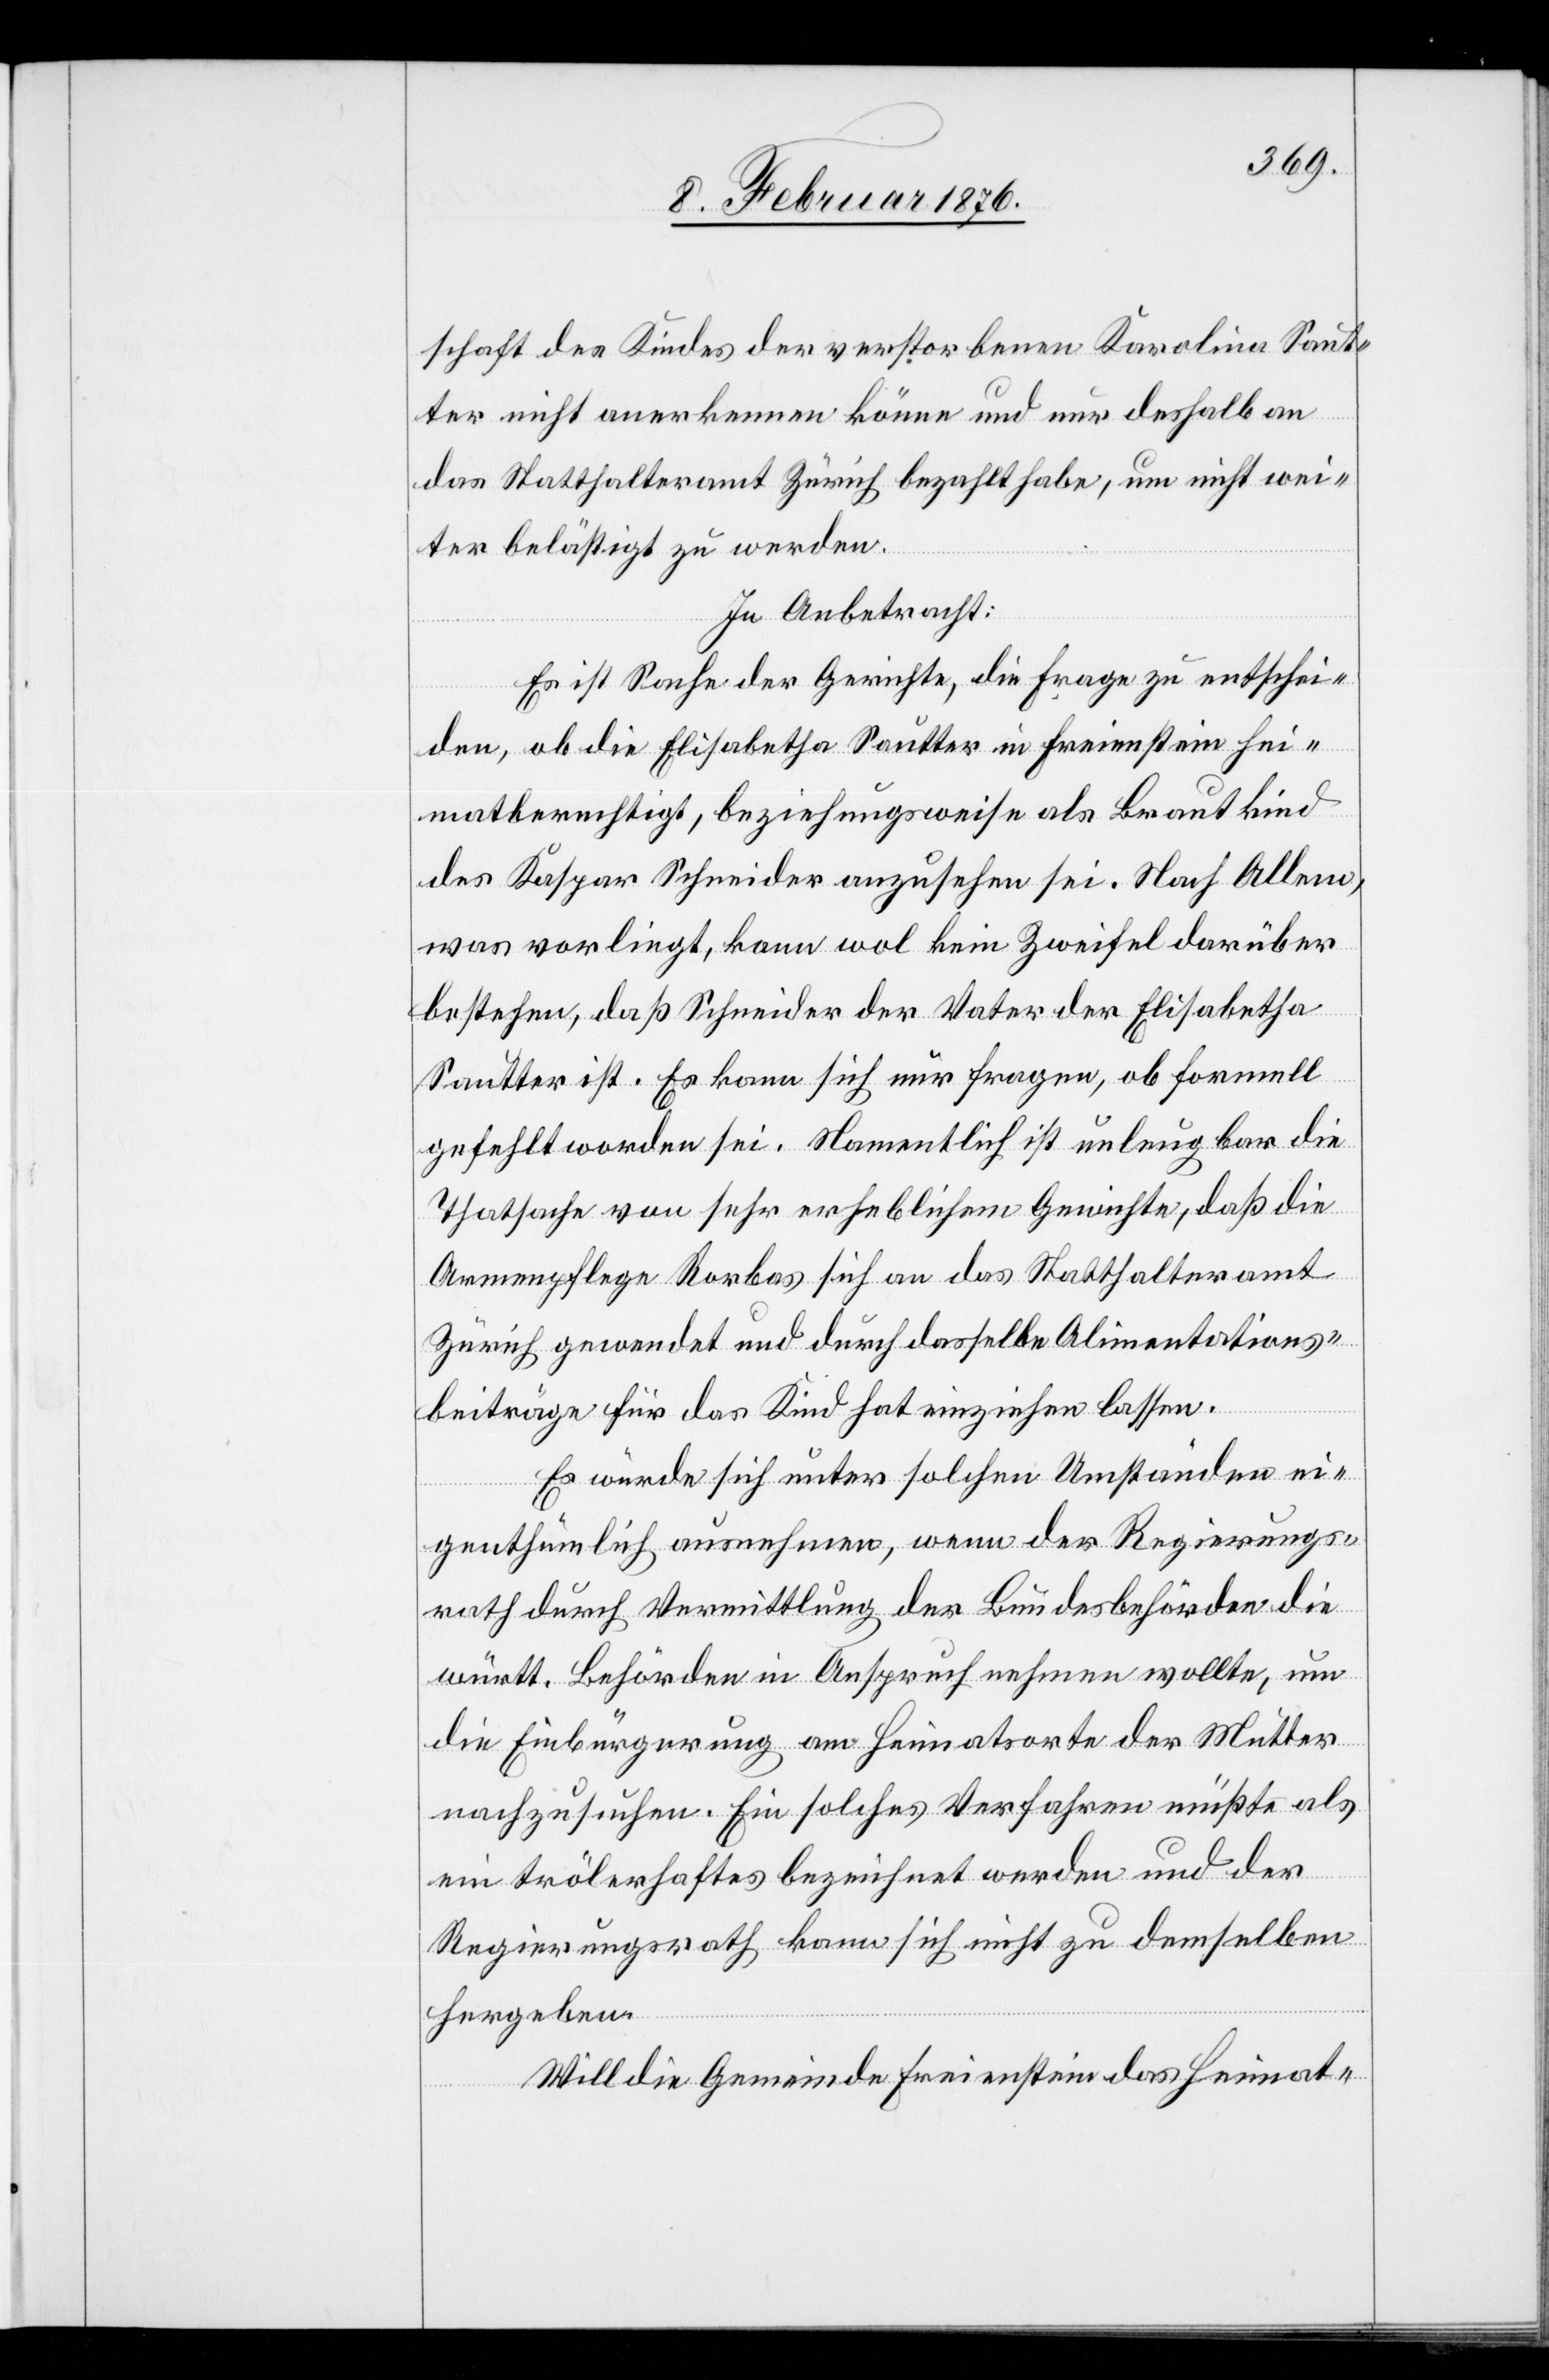
schaft des Kindes der verstorbenen Karolin Saut¬
ter nicht anerkennen könne und nur deshalb an
das Statthalteramt Zürich bezahlt habe, um nicht wei¬
ter belästigt zu werden.
In Anbetracht:
Es ist Sache der Gerichte, die Frage zu entschei¬
den, ob die Elisabetha Sautter in Freienstein Hei¬
matberechtigt, beziehungsweise als Brautkind
des Kaspar Schneider anzusehen sei. Nach Allem,
was vorliegt, kann wol kein Zweifel darüber
bestehen, daß Schneider der Vater der Elisabetha
Sautter ist. Es kann sich nur fragen, ob formell
gefehlt worden sei. Namentlich ist unleugbar die
Tatsache von sehr erheblichem Gewichte, daß die
Armenpflege Rorbas sich an das Statthalteramt
Zürich gewendet und durch dasselbe Alimentations¬
beiträge für das Kind hat einziehen lassen.
Es würde sich unter solchen Umständen ei¬
genthümlich ausnehmen, wenn der Regierungs¬
rath durch Vermittlung der Bundesbehörde die
württ. Behörde in Anspruch nehmen wollte, um
die Einbürgerung am Heimatsorte der Mutter
nachzusuchen. Ein solches Verfahren müßte als
ein trölerhaftes bezeichnet werden und der
Regierungsrath kann sich nicht zu demselben
hergeben.
Will die Gemeinde Freienstein das Heimat-